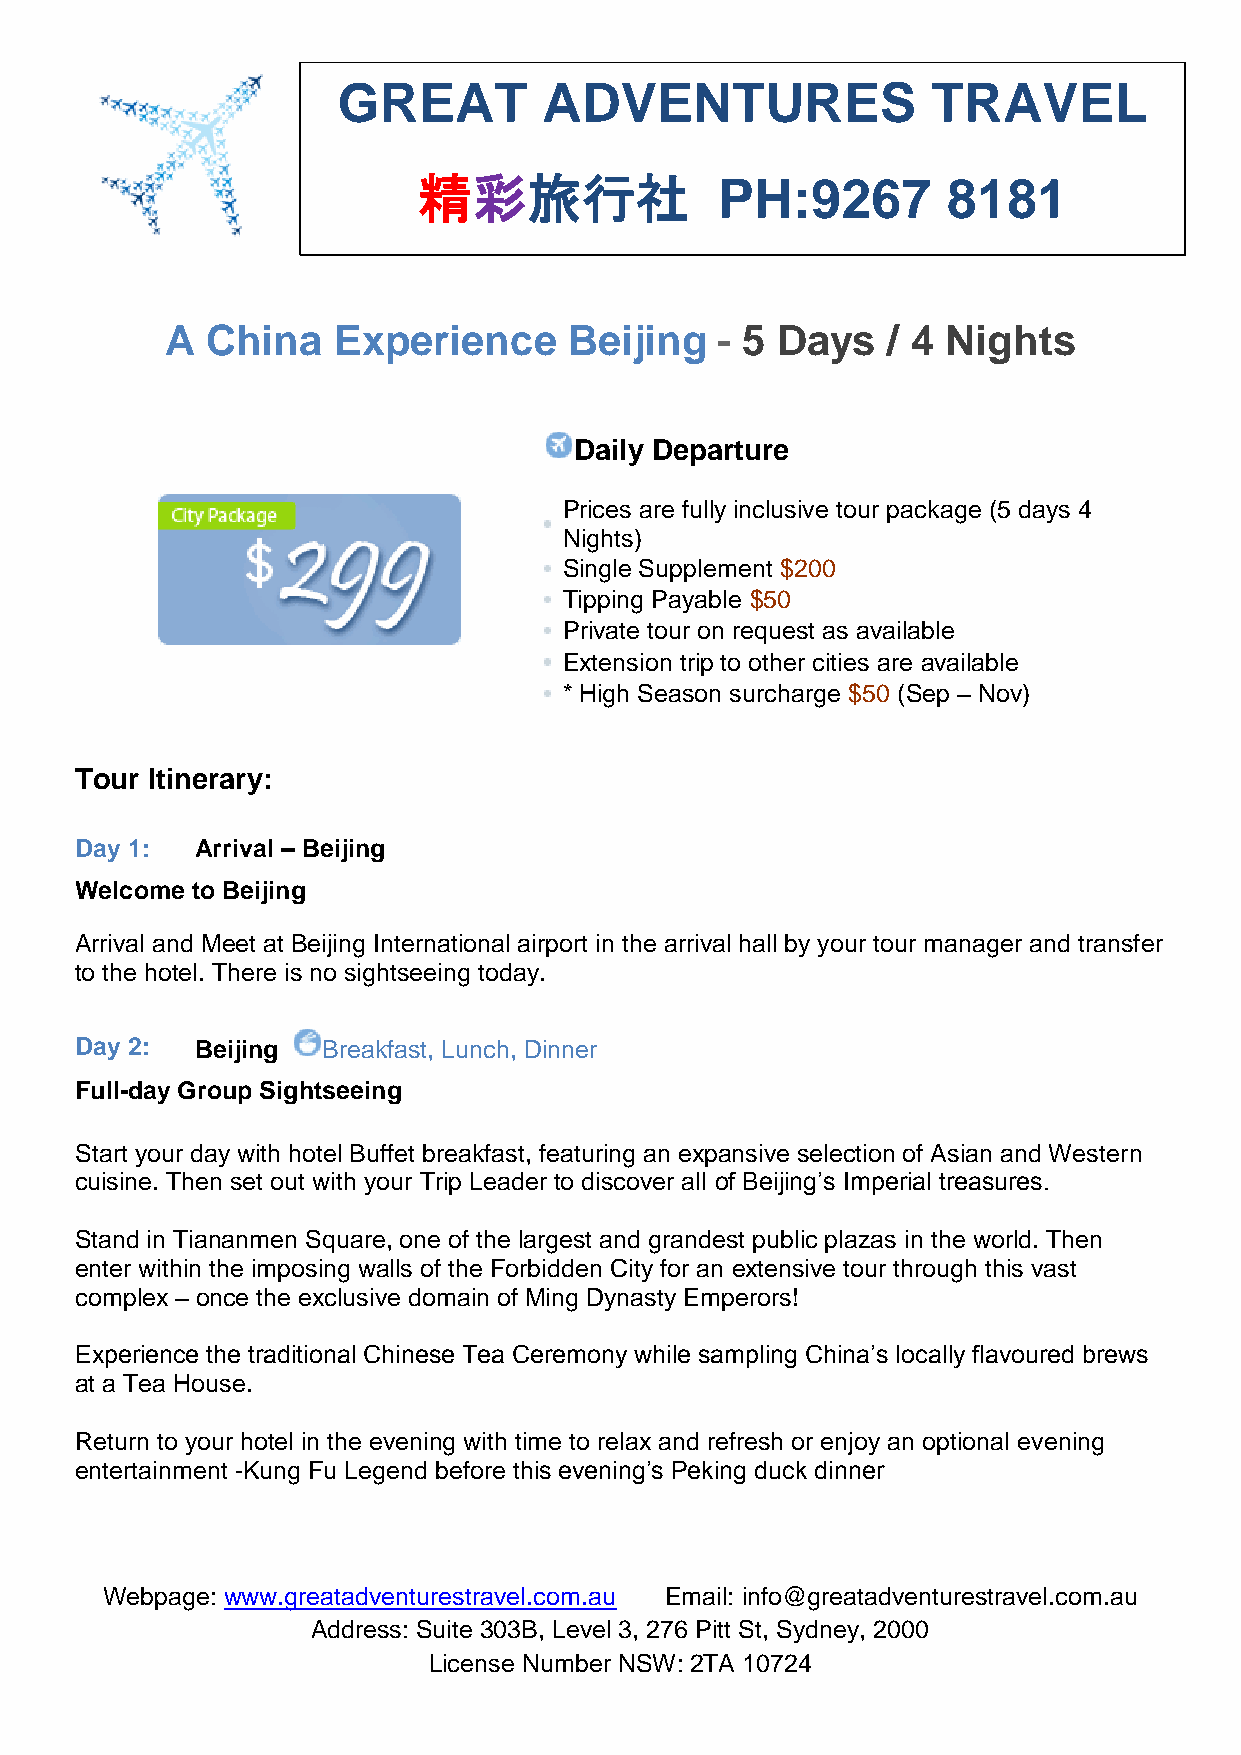
GREAT         ADVENTURES                TRAVEL
 精彩旅行社              PH:9267         8181
 A  China   Experience      Beijing  - 5 Days    / 4 Nights
 Daily Departure
 Prices are fully inclusive tour package (5 days 4
 Nights)
 Single Supplement $200
 Tipping Payable $50
 Private tour on request as available
 Extension trip to other cities are available
 * High Season surcharge $50 (Sep – Nov)
 Tour Itinerary:
 Day 1:  Arrival – Beijing
 Welcome to Beijing
 Arrival and Meet at Beijing International airport in the arrival hall by your tour manager and transfer
 to the hotel. There is no sightseeing today.
 Day 2:  Beijing Breakfast, Lunch, Dinner
 Full-day Group Sightseeing
 Start your day with hotel Buffet breakfast, featuring an expansive selection of Asian and Western
 cuisine. Then set out with your Trip Leader to discover all of Beijing’s Imperial treasures.
 Stand in Tiananmen Square, one of the largest and grandest public plazas in the world. Then
 enter within the imposing walls of the Forbidden City for an extensive tour through this vast
 complex – once the exclusive domain of Ming Dynasty Emperors!
 Experience the traditional Chinese Tea Ceremony while sampling China’s locally flavoured brews
 at a Tea House.
 Return to your hotel in the evening with time to relax and refresh or enjoy an optional evening
 entertainment -Kung Fu Legend before this evening’s Peking duck dinner
 Webpage: www.greatadventurestravel.com.au Email: info@greatadventurestravel.com.au
 Address: Suite 303B, Level 3, 276 Pitt St, Sydney, 2000
 License Number NSW: 2TA 10724